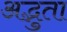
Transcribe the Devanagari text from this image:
अद्भुता